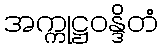
အက္ကုဋ္ဌဝန္ဒိတံ